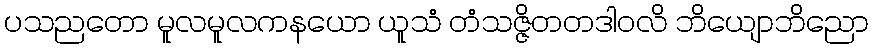
ပသညတော မူလမူလကနယော ယူသံ တံသဇ္ဇိတတဒါဝလိ ဘိယျောဘိညော